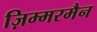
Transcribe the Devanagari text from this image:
ज़िम्मरमैन